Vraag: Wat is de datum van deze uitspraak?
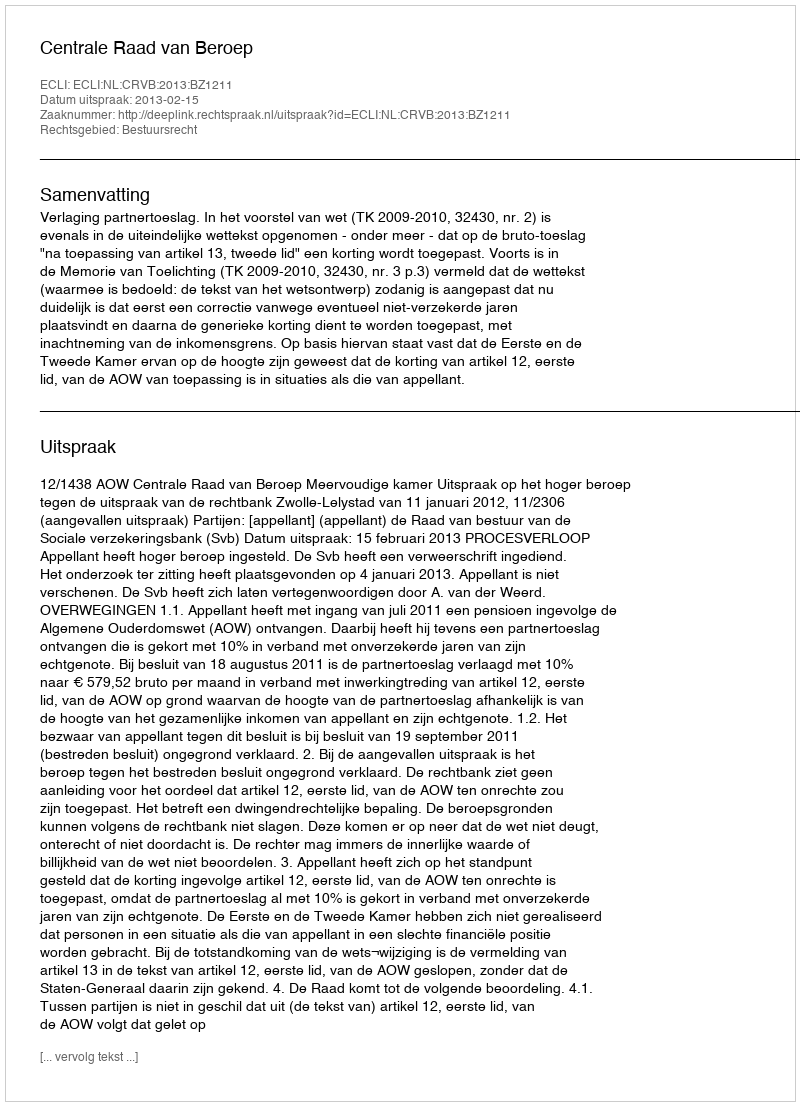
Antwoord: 2013-02-15